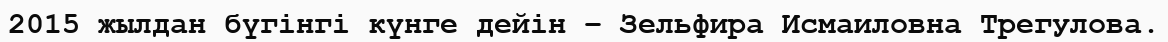
2015 жылдан бүгінгі күнге дейін – Зельфира Исмаиловна Трегулова.